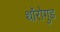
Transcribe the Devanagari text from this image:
थॉरोगुड